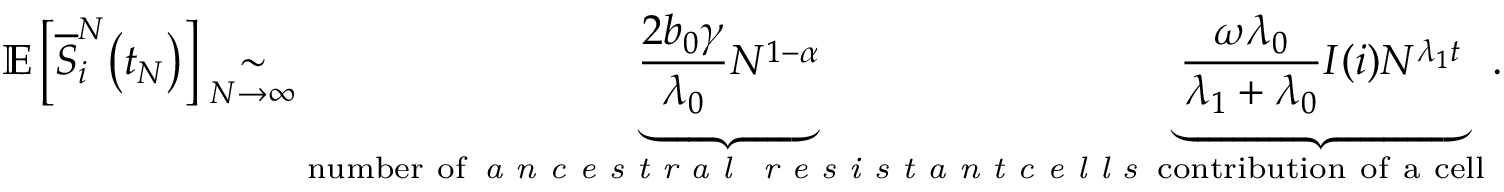
\mathbb { E } \left[ \overline { { S } } _ { i } ^ { N } \big ( t _ { N } \big ) \right] \underset { N \to \infty } { \sim } \underbrace { \frac { 2 b _ { 0 } \gamma } { \lambda _ { 0 } } N ^ { 1 - \alpha } } _ { \substack { \mathrm { n u m b e r ~ o f } \, \textit { a n c e s t r a l } \, \textit { r e s i s t a n t c e l l s } } } \underbrace { \frac { \omega \lambda _ { 0 } } { \lambda _ { 1 } + \lambda _ { 0 } } I ( i ) N ^ { \lambda _ { 1 } t } } _ { \substack { \mathrm { c o n t r i b u t i o n ~ o f ~ a ~ c e l l } } } .